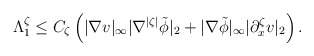
\begin{align*}\Lambda^\zeta_1\leq C_\zeta\left(|\nabla v|_\infty|\nabla^{|\zeta|}\tilde{\phi}|_2+|\nabla \tilde{\phi}|_\infty|\partial^\zeta_x v|_2\right).\end{align*}